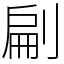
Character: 㓲